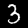
Label: 3